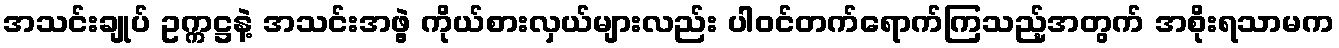
အသင်းချုပ် ဥက္ကဋ္ဌနဲ့ အသင်းအဖွဲ့ ကိုယ်စားလှယ်များလည်း ပါဝင်တက်ရောက်ကြသည့်အတွက် အစိုးရသာမက